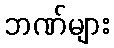
ဘဏ်များ